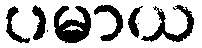
ပမာယ